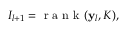
{ \cal I } _ { l + 1 } = \mathrm { ~ r ~ a ~ n ~ k ~ } ( { \bf y } _ { l } , K ) ,